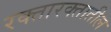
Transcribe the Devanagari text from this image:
रक्तारक्तातील